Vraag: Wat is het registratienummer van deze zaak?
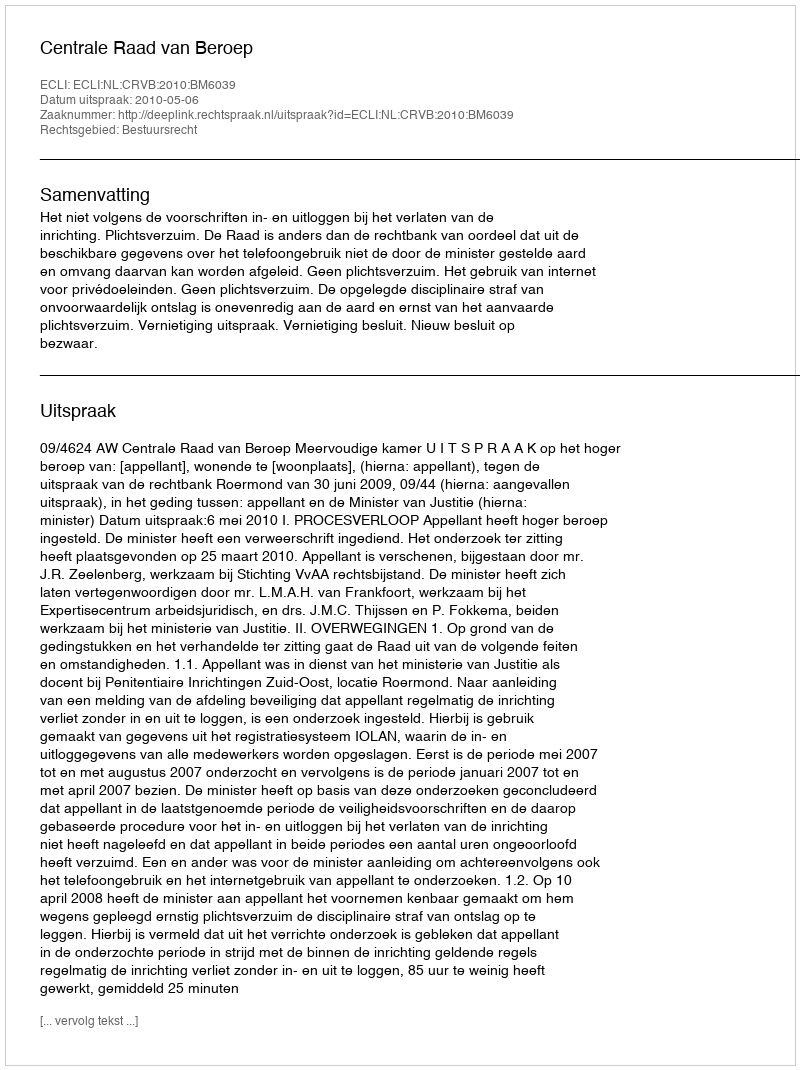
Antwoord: http://deeplink.rechtspraak.nl/uitspraak?id=ECLI:NL:CRVB:2010:BM6039